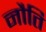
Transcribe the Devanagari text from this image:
नौति